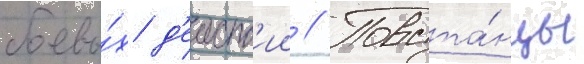
боевы́х д'еиств'ии // Повста́нцы